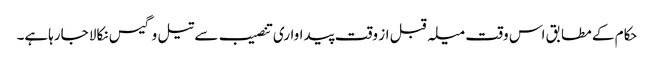
حکام کے مطابق اس وقت میلہ قبل از وقت پیداواری تنصیب سے تیل وگیس نکالا جارہاہے۔